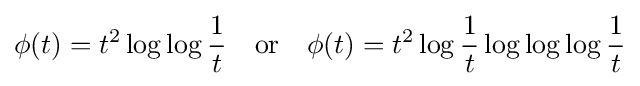
\phi (t)=t^{2}\log \log {\frac {1}{t}}\quad {\text{or}}\quad \phi (t)=t^{2}\log {\frac {1}{t}}\log \log \log {\frac {1}{t}}